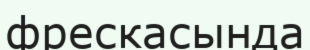
фрескасында